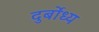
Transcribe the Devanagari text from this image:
दुर्बोंध्य